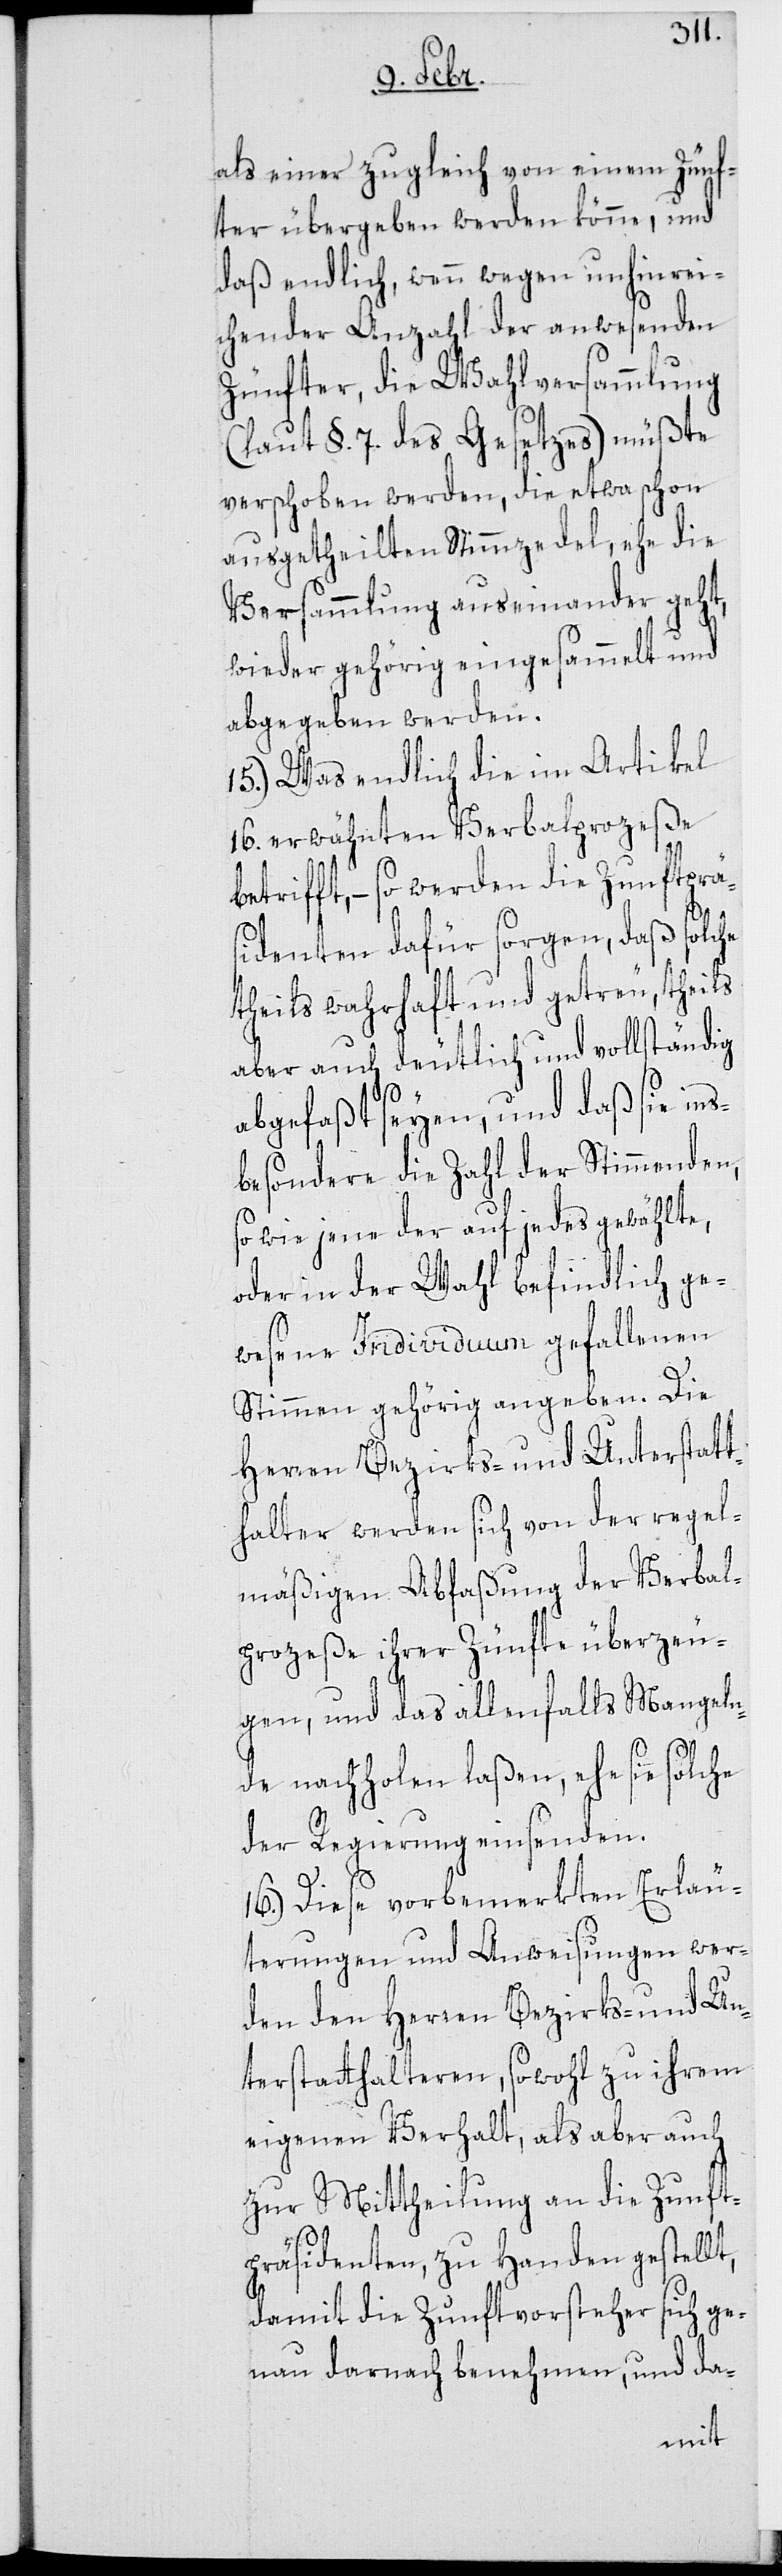
als einer zugleich von einem Zünf¬
ter übergeben werden könne, und
daß endlich, wenn wegen unhinrei¬
chender Anzahl der anwesenden
Zünfter, die Wahlversammlung
(laut §. 7 des Gesetzes) müßte
verschoben werden, die etwa schon
ausgetheilten Stimmzedel, ehe die
Versammlung auseinander geht,
wieder gehörig eingesammelt und
abgegeben werden.
15.) Was endlich die im Artikel
16. erwähnten Verbalprozeße
betrifft, – so werden die Zunftprä¬
sidenten dafür sorgen, daß solche
theils wahrhaft und getreu, theils
aber auch deutlich und vollständig
abgefaßt seyen, und daß sie ins¬
besondere die Zahl der Stimmenden,
so wie jene der auf jedes gewählte,
oder in der Wahl befindlich ge¬
wesene Individuum gefallenen
Stimmen gehörig angeben. Die
Herren Bezirks- und Unterstatt¬
halter werden sich von der regel¬
mäßigen Abfaßung der Verbal¬
prozeße ihrer Zünfte überzeu¬
gen, und das allenfalls Mangeln¬
de nachholen laßen, ehe sie solche
der Regierung einsenden.
16.) Diese vorbemerkten Erläu¬
terungen und Anweisungen wer¬
den den Herren Bezirks- und Un¬
terstatthalteren, sowohl zu ihrem
eigenen Verhalt, als aber auch
zur Mittheilung an die Zunft¬
präsidenten, zu Handen gestellt,
damit die Zunftvorsteher sich ge¬
nau darnach benehmen, und da-